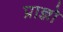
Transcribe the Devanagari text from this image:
प्राज्ञो